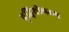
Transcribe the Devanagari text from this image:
वृद्धिशीलरूप